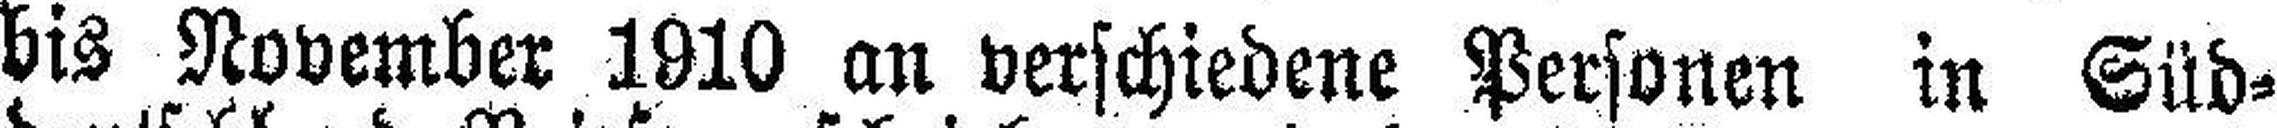
bis November 1910 an verschiedene Personen in Süd¬